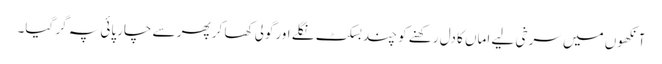
آنکھوں میں سرخی لیے اماں کا دل رکھنے کو چند بسکٹ نگلے اورگولی کھا کر پھر سے چارپائی پہ گر گیا۔